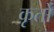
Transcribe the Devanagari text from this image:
कृतो